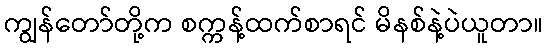
ကျွန်တော်တို့က စက္ကန့်ထက်စာရင် မိနစ်နဲ့ပဲယူတာ။